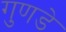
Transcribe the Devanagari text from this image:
गुणडे